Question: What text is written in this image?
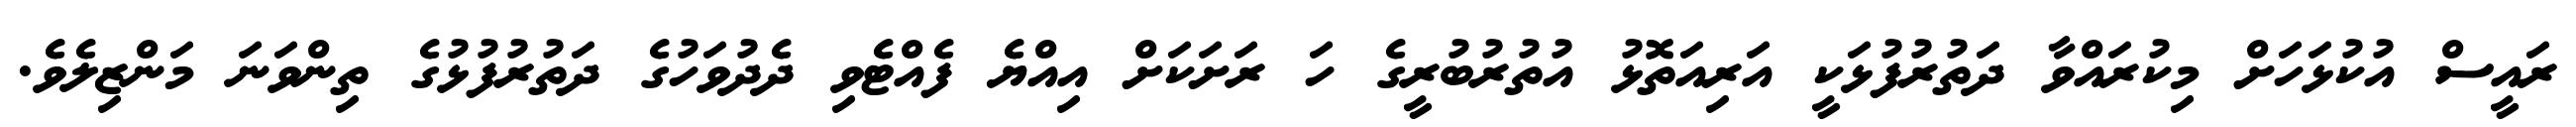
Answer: ރައީސް އުކުޅަހަށް މިކުރައްވާ ދަތުރުފުޅަކީ އަރިއަތޮޅު އުތުރުބުރީގެ ހަ ރަށަކަށް އިއްޔެ ފެއްޓެވި ދެދުވަހުގެ ދަތުރުފުޅުގެ ތިންވަނަ މަންޒިލެވެ.